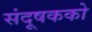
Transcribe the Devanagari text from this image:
संदूषकको